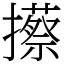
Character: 攃